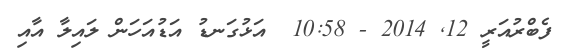
ފެބްރުއަރީ 12